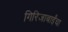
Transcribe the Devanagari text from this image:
गिरिजाबाईंचा